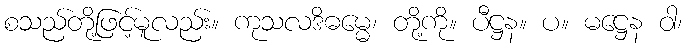
စသည်တို့ဖြင့်မူလည်း။ ကုသလဒိဓမ္မေ၊ တို့ကို။ ပီဋ္ဌန။ ပ။ မဋ္ဌေန ဝါ၊